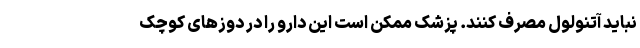
نباید آتنولول مصرف کنند. پزشک ممکن است این دارو را در دوزهای کوچک